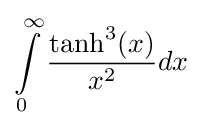
\int \limits _{0}^{\infty }{\dfrac {\tanh ^{3}(x)}{x^{2}}}dx